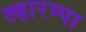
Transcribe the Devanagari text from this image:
ल्हारम्पा